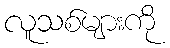
လူသစ်များကို